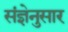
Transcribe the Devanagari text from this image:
संज्ञेनुसार